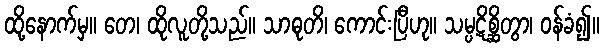
ထို့နောက်မှ။ တေ၊ ထိုလူတို့သည်။ သာဓုတိ၊ ကောင်းပြီဟု။ သမ္ပဋိစ္ဆိတွာ၊ ဝန်ခံ၍။